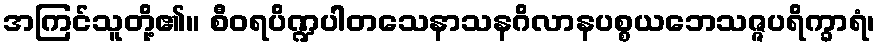
အကြင်သူတို့၏။ စီဝရပိဏ္ဍပါတသေနာသနဂိလာနပစ္စယဘေသဇ္ဇပရိက္ခာရံ၊